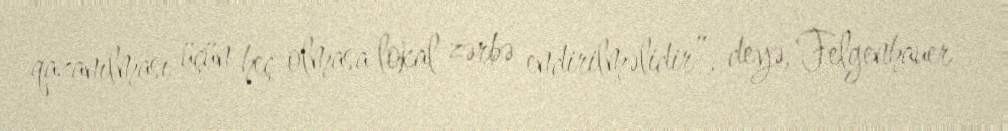
qazanılması üçün heç olmasa lokal zərbə endirilməlidir”, deyə, Felgenhauer